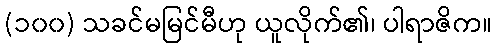
(၁၀၀) သခင်မမြင်မီဟု ယူလိုက်၏၊ ပါရာဇိက။